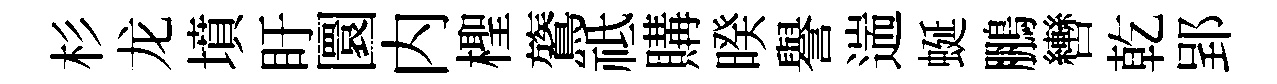
杉龙墳盱圜内檉鷟祗購暌譽遄蜒鵬轡乾郢